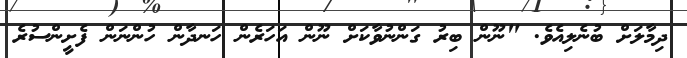
ދިމާލަށް ބުނެލިއެވެ. "ނޫން ބިރު ގަންނުވާކަށް ނޫން އަހަރެން ހަނދާން ހުންނަން ފެށީންސުރެ